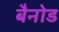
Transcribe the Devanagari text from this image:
बैनोड